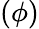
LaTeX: \left(\phi\right)